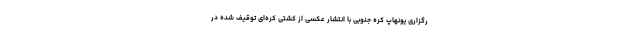
رگزاری یونهاپ کره جنوبی با انتشار عکسی از کشتی کره‌ای توقیف شده در